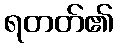
ရတတ်၏